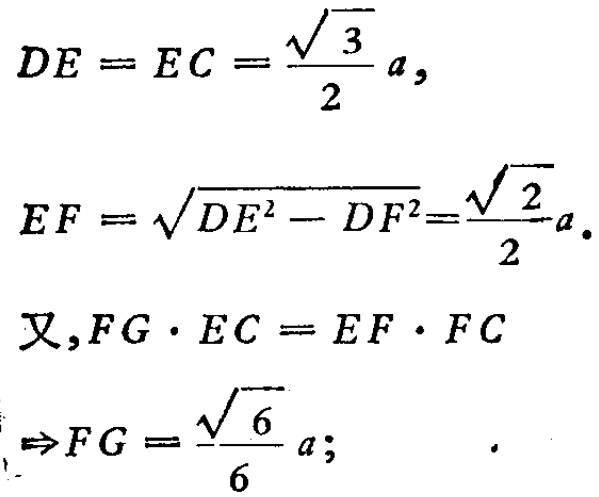
\[
\begin{align*}
DE = EC&=\frac{\sqrt{3}}{2}a,\\
EF&=\sqrt{DE^{2}-DF^{2}}=\frac{\sqrt{2}}{2}a.\\
\text{又},FG\cdot EC&= EF\cdot FC\\
\Rightarrow FG&=\frac{\sqrt{6}}{6}a;
\end{align*}
\]